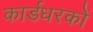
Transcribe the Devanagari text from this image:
कार्डधरकों